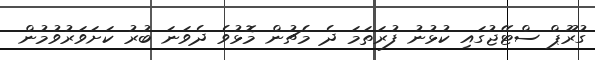
ގުރޫޕް ސްޓޭޖުގައި ކުޅުނު ފުރަތަމަ ދެ މެޗުން މޮޅުވެ ދެވަނަ ބުރު ކަށަވަރުވުމުން